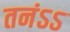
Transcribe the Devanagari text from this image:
तनंऽऽ